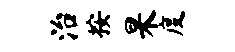
治按杲度